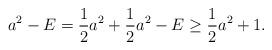
LaTeX: \begin{align*} a^2 - E = \frac{1}{2} a^2 + \frac{1}{2} a^2- E \geq \frac{1}{2} a^2 + 1 . \end{align*}